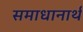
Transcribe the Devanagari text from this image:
समाधानार्थ